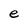
Character: e